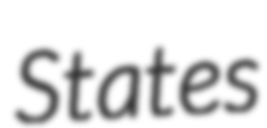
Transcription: States